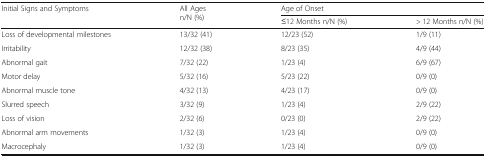
<table><thead><tr><td rowspan="2"><b>Initial Signs and Symptoms</b></td><td rowspan="2"><b>All Ages n/N (%)</b></td><td colspan="2"><b>Age of Onset</b></td></tr><tr><td><b>≤12 Months n/N (%)</b></td><td><b>&gt; 12 Months n/N (%)</b></td></tr></thead><tbody><tr><td>Loss of developmental milestones</td><td>13/32 (41)</td><td>12/23 (52)</td><td>1/9 (11)</td></tr><tr><td>Irritability</td><td>12/32 (38)</td><td>8/23 (35)</td><td>4/9 (44)</td></tr><tr><td>Abnormal gait</td><td>7/32 (22)</td><td>1/23 (4)</td><td>6/9 (67)</td></tr><tr><td>Motor delay</td><td>5/32 (16)</td><td>5/23 (22)</td><td>0/9 (0)</td></tr><tr><td>Abnormal muscle tone</td><td>4/32 (13)</td><td>4/23 (17)</td><td>0/9 (0)</td></tr><tr><td>Slurred speech</td><td>3/32 (9)</td><td>1/23 (4)</td><td>2/9 (22)</td></tr><tr><td>Loss of vision</td><td>2/32 (6)</td><td>0/23 (0)</td><td>2/9 (22)</td></tr><tr><td>Abnormal arm movements</td><td>1/32 (3)</td><td>1/23 (4)</td><td>0/9 (0)</td></tr><tr><td>Macrocephaly</td><td>1/32 (3)</td><td>1/23 (4)</td><td>0/9 (0)</td></tr></tbody></table>